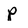
Character: P